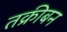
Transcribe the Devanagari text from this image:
तक्रीबन